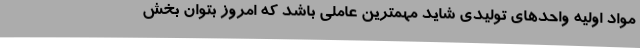
مواد اولیه واحدهای تولیدی شاید مهمترین عاملی باشد که امروز بتوان بخش